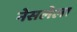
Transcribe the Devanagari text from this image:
नेसलेला